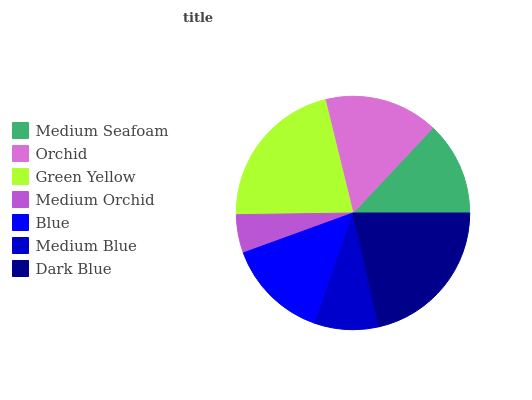
| Medium Seafoam | Orchid | Green Yellow | Medium Orchid | Blue | Medium Blue | Dark Blue |
 | --- | --- | --- | --- | --- | --- | --- |
 | 13% | 15.8% | 21.5% | 5.31% | 14.1% | 8.86% | 21.5% |